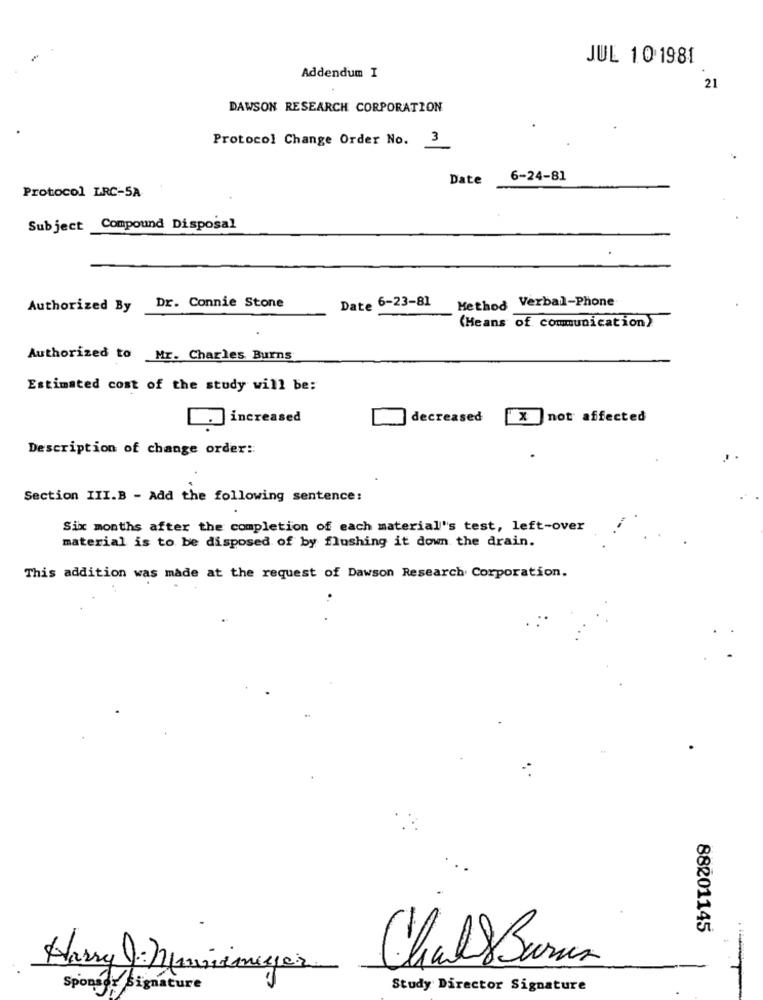
JUL 10 1981
Addendum I
21
DAWSON RESEARCH CORPORATION
Protocol Change Order No. 3
Date
6-24-81
Protocol LRC-5A
Subject Compound Disposal
Dr. Connie Stone
Date 6-23-81
Method Verbal-Phone
Authorized By
(Means of communication)
Authorized to Mr. Charles Burns
Estimated cost of the study will be:
]increased
decreased
X not affected
Description of change order:
Section III.B - Add the following sentence:
Six months after the completion of each material's test, left-over
material is to be disposed of by flushing it down the drain.
This addition was made at the request of Dawson Research Corporation.
88201145
Harry : Huniemeyer
Chal Burun
For signature
Study Director Signature